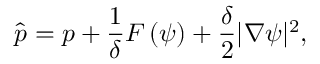
\hat { p } = p + \frac { 1 } { \delta } F \left( \psi \right) + \frac { \delta } { 2 } | \nabla \psi | ^ { 2 } ,